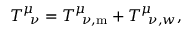
T _ { \, \, \, \nu } ^ { \mu } = T _ { \, \, \, \nu , \mathrm { { m } } } ^ { \mu } + T _ { \, \, \, \nu , w } ^ { \mu } ,